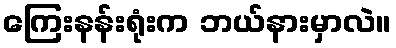
ကြေးနန်းရုံးက ဘယ်နားမှာလဲ။